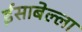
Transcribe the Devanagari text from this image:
ईसाबेल्ला